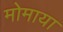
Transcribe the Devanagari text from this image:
मोमाया